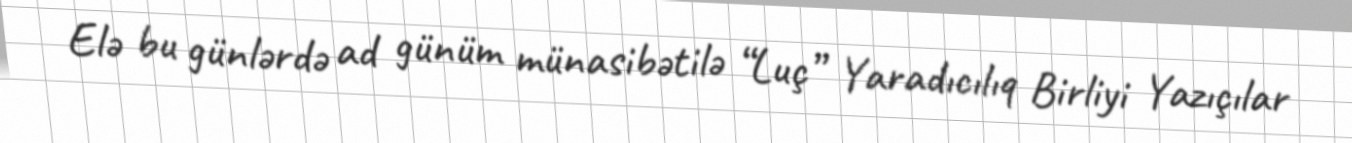
Elə bu günlərdə ad günüm münasibətilə “Luç” Yaradıcılıq Birliyi Yazıçılar